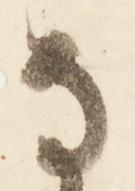
な